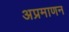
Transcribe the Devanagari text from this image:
अप्रमाणन